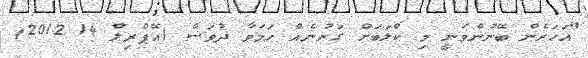
"އަހަރެން ބޭނުންވަނީ މި ކްލަބަށް ގަރުނެއް ހަމަވާ ދުވަސް (އޭޕްރިލް 14 2012)